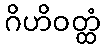
ဂိဟိဝတ္ထံ